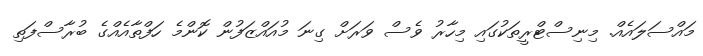
މައްސަލައެއް. މިނިސްޓްރީތަކުގައި މިހާރު ވެސް ވަރަށް ގިނަ މުއައްޒަފުން ކޮންމެ ހަފްތާއެއްގެ ބުރާސްފަތި